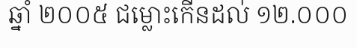
ឆ្នាំ ២០០៥ ជម្លោះកើនដល់ ១២.០០០